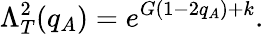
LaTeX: \Lambda_{T}^{2}(q_{A})=e^{G(1-2q_{A})+k}.